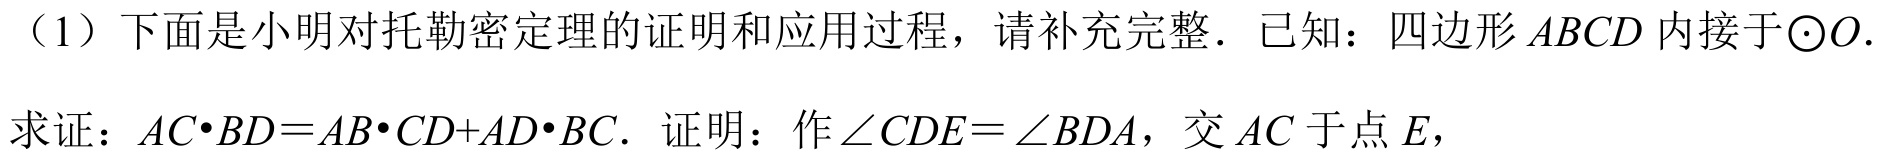
（1）下面是小明对托勒密定理的证明和应用过程，请补充完整．已知：四边形 \(ABCD\) 内接于\(\odot O\).
求证：\(AC\cdot BD = AB\cdot CD+AD\cdot BC\). 证明：作\(\angle CDE=\angle BDA\)，交 \(AC\) 于点 \(E\)，